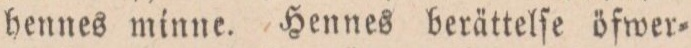
hennes minne. Hennes berättelſe öfwer=